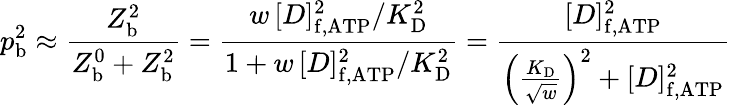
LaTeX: p_{\mathrm{b}}^{\mathrm{2}}\approx\frac{Z_{\mathrm{b}}^{\mathrm{2}}}{Z_{\mathrm{b}}^{\mathrm{0}}+Z_{\mathrm{b}}^{\mathrm{2}}}=\frac{w\, [D]_{\mathrm{f,ATP}}^{2}/K_{\mathrm{D}}^{2}}{1+w\, [D]_{\mathrm{f,ATP}}^{2}/K_{\mathrm{D}}^{2}}=\frac{[D]_{\mathrm{f,ATP}}^{2}}{\left(\frac{K_{\mathrm{D}}}{\sqrt{w}}\right)^{2}+[D]_{\mathrm{f,ATP}}^{2}}